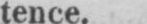
tence.